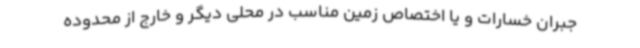
جبران خسارات و یا اختصاص زمین مناسب در محلی دیگر و خارج از محدوده